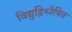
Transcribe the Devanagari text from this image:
विद्युद्विश्लेषित